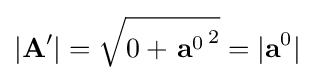
|\mathbf {A} '|={\sqrt {0+\left.\mathbf {a} ^{0}\right.^{2}}}=|\mathbf {a} ^{0}|